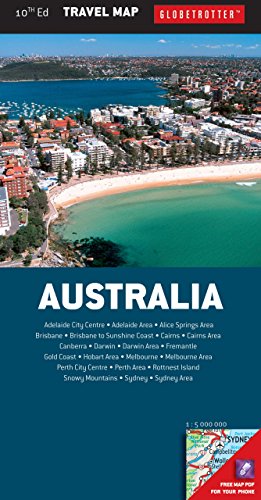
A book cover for Australia Travel Map (Globetrotter Travel Map); Globetrotter; Travel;